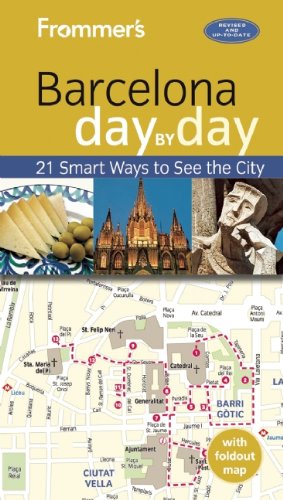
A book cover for Frommer's Barcelona day by day; Patricia Harris; Travel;